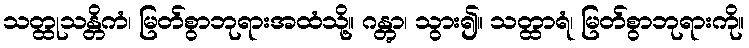
သတ္ထုသန္တိကံ၊ မြတ်စွာဘုရားအထံသို့။ ဂန္တွာ၊ သွား၍။ သတ္ထာရံ၊ မြတ်စွာဘုရားကို။